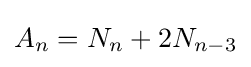
A_{n}=N_{n}+2N_{n-3}